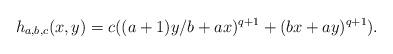
LaTeX: \begin{align*}h_{a,b,c}(x,y) = c ((a+1)y/b + ax)^{q+1} + (bx + ay)^{q+1}).\end{align*}